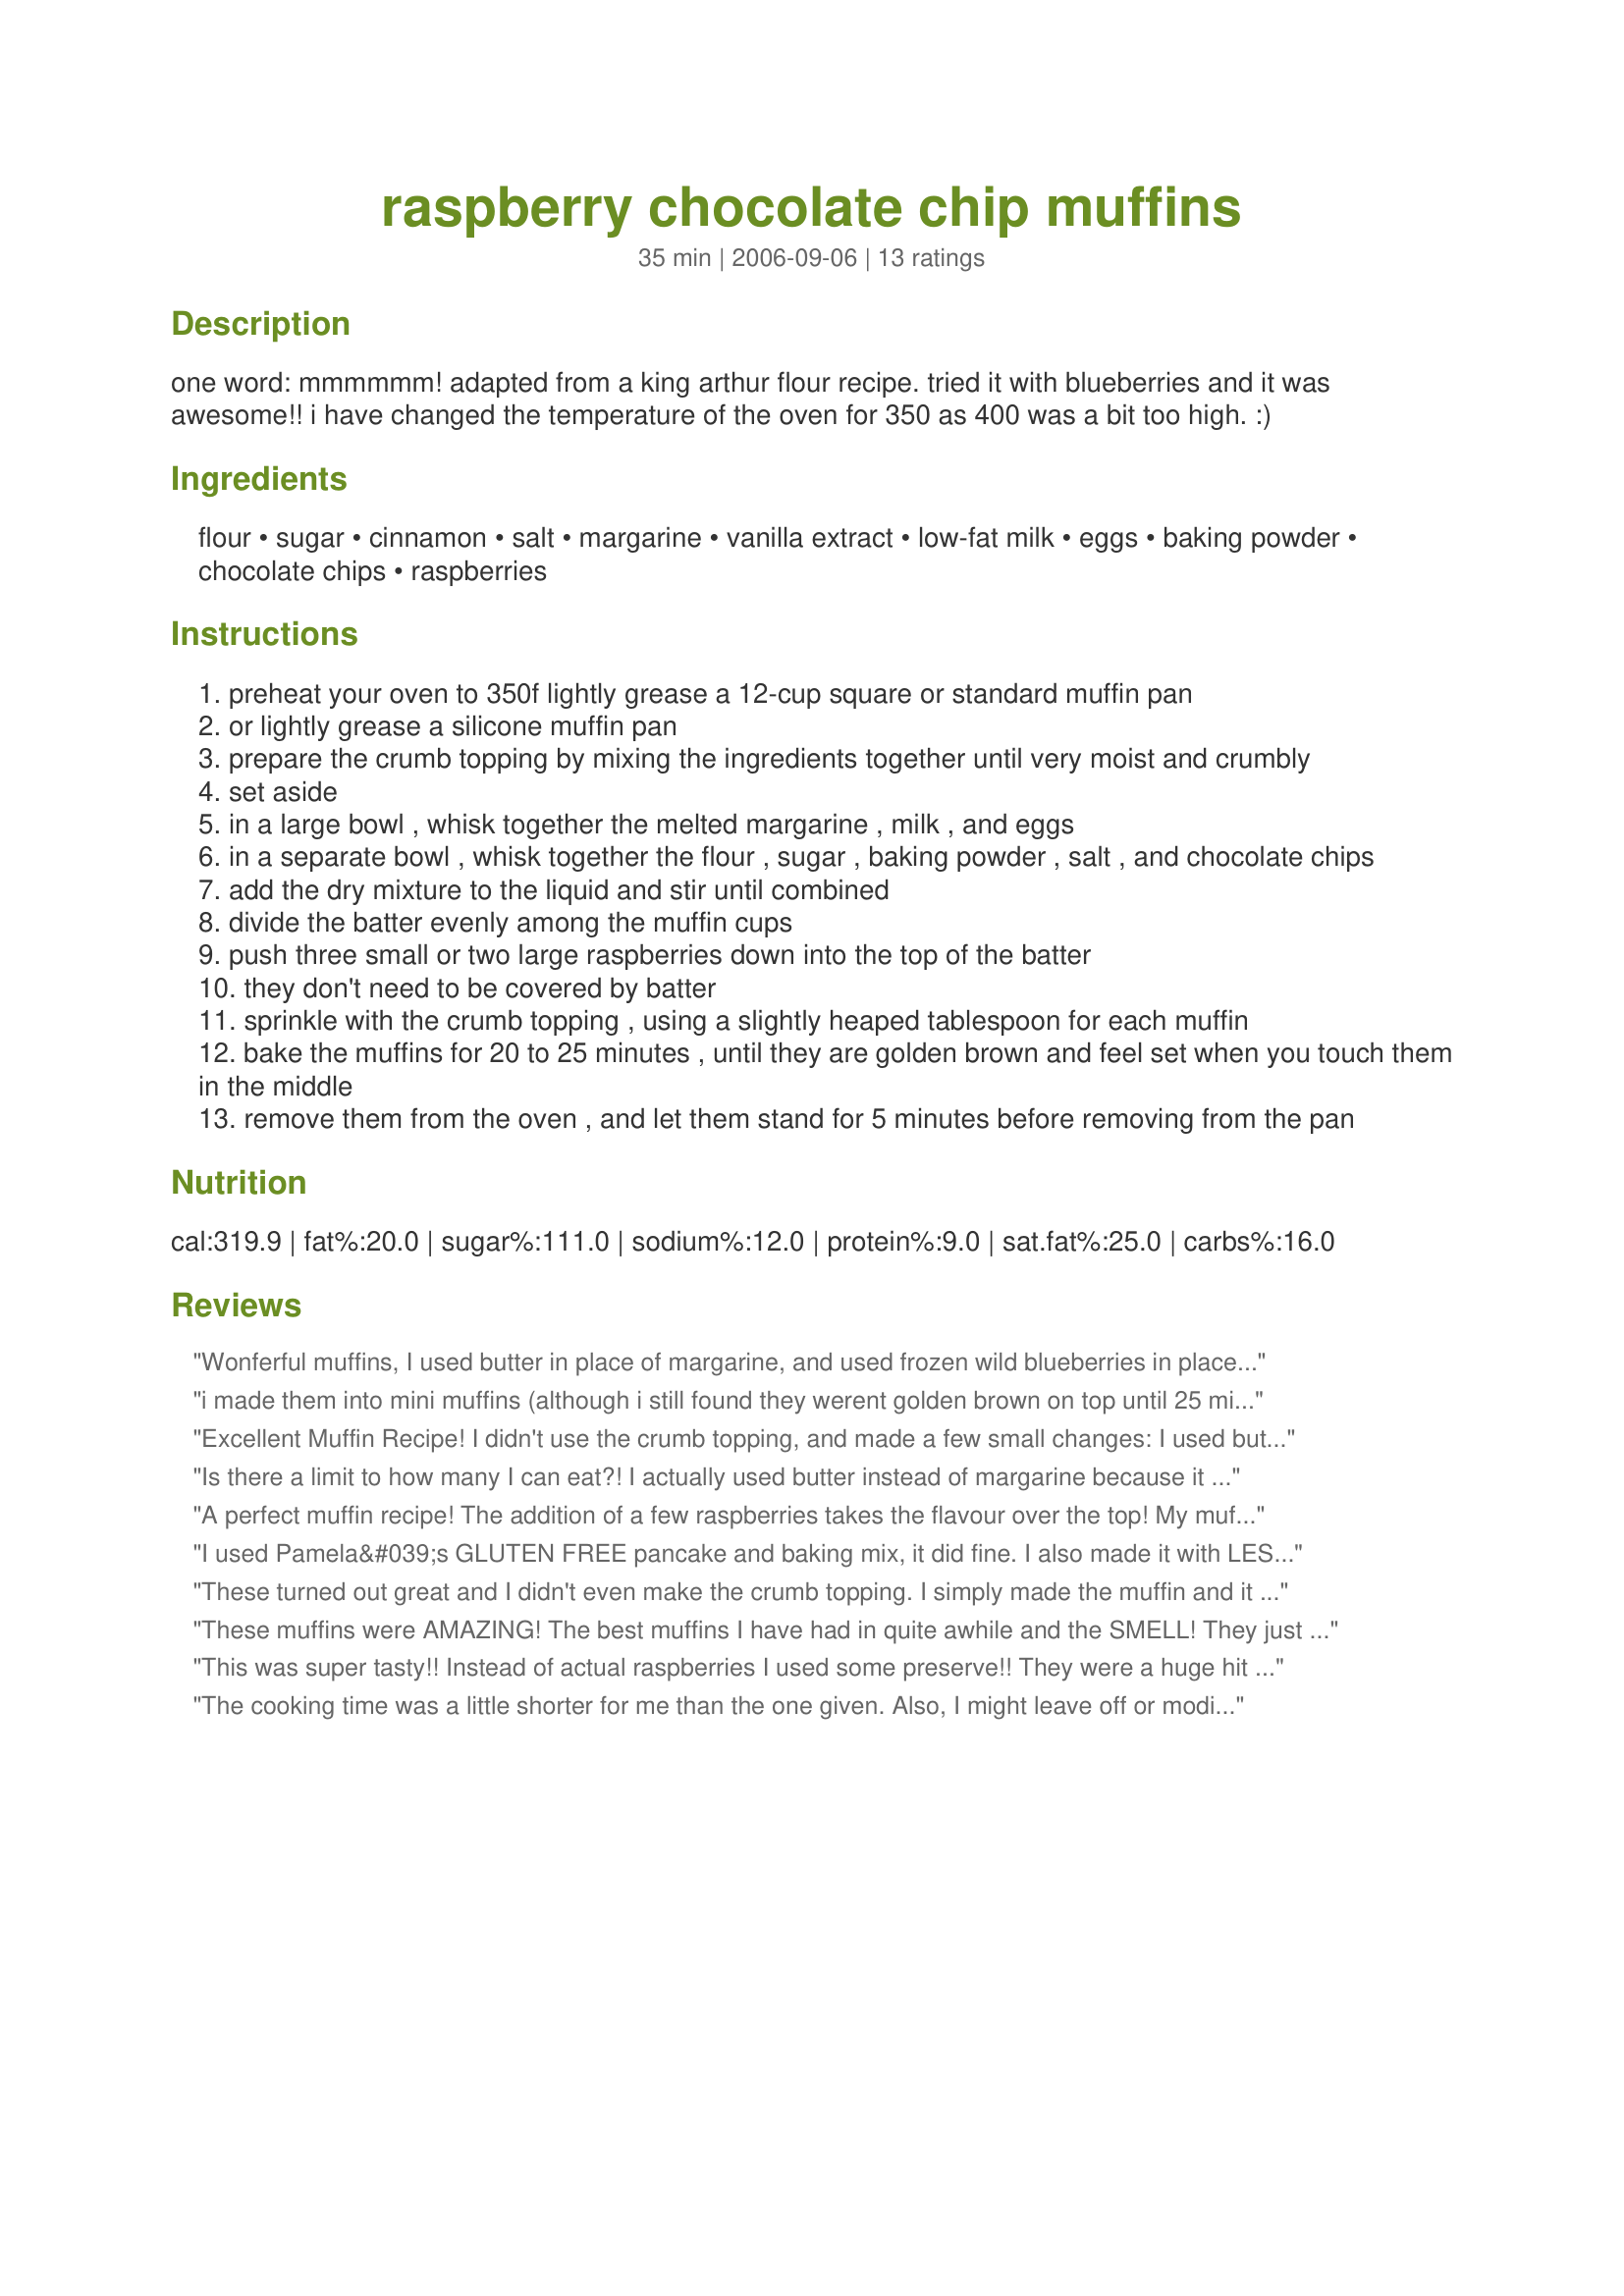
raspberry chocolate chip muffins
Preparation time: 35 minutes

one word: mmmmmm! adapted from a king arthur flour recipe. tried it with blueberries and it was awesome!! i have changed the temperature of the oven for 350 as 400 was a bit too high. :)

Ingredients:
flour, sugar, cinnamon, salt, margarine, vanilla extract, low-fat milk, eggs, baking powder, chocolate chips, raspberries

Steps:
preheat your oven to 350f lightly grease a 12-cup square or standard muffin pan
or lightly grease a silicone muffin pan
prepare the crumb topping by mixing the ingredients together until very moist and crumbly
set aside
in a large bowl , whisk together the melted margarine , milk , and eggs
in a separate bowl , whisk together the flour , sugar , baking powder , salt , and chocolate chips
add the dry mixture to the liquid and stir until combined
divide the batter evenly among the muffin cups
push three small or two large raspberries down into the top of the batter
they don't need to be covered by batter
sprinkle with the crumb topping , using a slightly heaped tablespoon for each muffin
bake the muffins for 20 to 25 minutes , until they are golden brown and feel set when you touch them in the middle
remove them from the oven , and let them stand for 5 minutes before removing from the pan

Reviews:
Wonferful muffins, I used butter in place of margarine, and used frozen wild blueberries in place of the raspberries which worked out great, these baked out beautiful and rose nice and high just way a muffing should be, I will definately make again soon, thanks for sharing hon!...Kitten:)
i made them into mini muffins (although i still found they werent golden brown on top until 25 min) and they were excellent. i did however measure my salt and baking powder by weight (2.4 g for salt and 13.8 g. for baking powder). I also chopped up my raspberries and folded them in gently just before putting them in the oven, and in the future i would use another 10-15.
Excellent Muffin Recipe! I didn't use the crumb topping, and made a few small changes: I used butter instead of margarine; I mixed 4 tsp. of instant coffee into the milk; I added 1tsp. Vanilla; I used more raspberries (2pts) & mixed them right into the batter rather than adding them at the end. Very moist, great texture & nice flavor. Will definitely make again!
Is there a limit to how many I can eat?! I actually used butter instead of margarine because it was all I had in the house, so I don&#039;t know if that changed it at all, but they ROCKED! Also, I made them into mini muffins and baked them for about 15-17 minutes. They were super moist and I ate them warm so that the chocolate was melting and delicious!
A perfect muffin recipe! The addition of a few raspberries takes the flavour over the top! My muffins rose beautifully, the crumb topping was a little crunchy, and the texture of the muffins was just right. I love the vanilla in the crumbs, since there's none in the muffins themselves. I had only a cup of mini chocolate chips and that seemed to be enough. Baking time and temperature were just right. Thank you, Redsie. This recipe goes to the top of my list.
I used Pamela&#039;s GLUTEN FREE pancake and baking mix, it did fine. I also made it with LESS SUGAR, using only 5 Tbs, it didn&#039;t need any probably at all as the sweetness came through via the rasberries and mini choc chips. I used organic WHOLE MILK, Grass Fed BUTTER rather than margarine...the recipe allows for all these changes just fine. I left off the topping and they were delicious
These turned out great and I didn't even make the crumb topping. I simply made the muffin and it was a huge hit in my house.
These muffins were AMAZING! The best muffins I have had in quite awhile and the SMELL! They just made my whole apartment smell like heaven when they were baking. I put them in for 20 minutes and used frozen raspberries, but I think the could have used another minute or two since the frozen raspberries are now a little mushy.
This was super tasty!! Instead of actual raspberries I used some preserve!! They were a huge hit in my house!
The cooking time was a little shorter for me than the one given. Also, I might leave off or modify the crumb topping... tasted like too much flour, not enough sugar.
These are wonderful. Just perfect for a gloomy dreary rainy day. My houseguests really enjoyed these. I'll have to make more for dh...They are all gone...where did this tasty treat go...A lovely tall muffin, great texture and full of flavor. I especially love the addition of the raspberries and chocolate chips. I used fresh berries from my bushes & dark bitter sweet chocolate chips. These are so Yummy! Thanks so much for sharing.
Only gave this 4 stars because the recipe calls for margarine. Otherwise, it&#039;s an excellent concept. I substituted half butter, half coconut oil for the margarine, used white whole wheat blend flour, part raw, part maple sugars, and substituted buttermilk (whole, raw) and adjusted the leavening to 2 tsp baking powder 1/2 tsp baking soda. Those are the kind of substitutions I always make. They were a big hit for my first meeting at my new job.
Oh these were 5 The texture was amazing!! Wouldn't hesitate to make them without the raspberries if I didn't have them on hand, but they were a nice touch!
